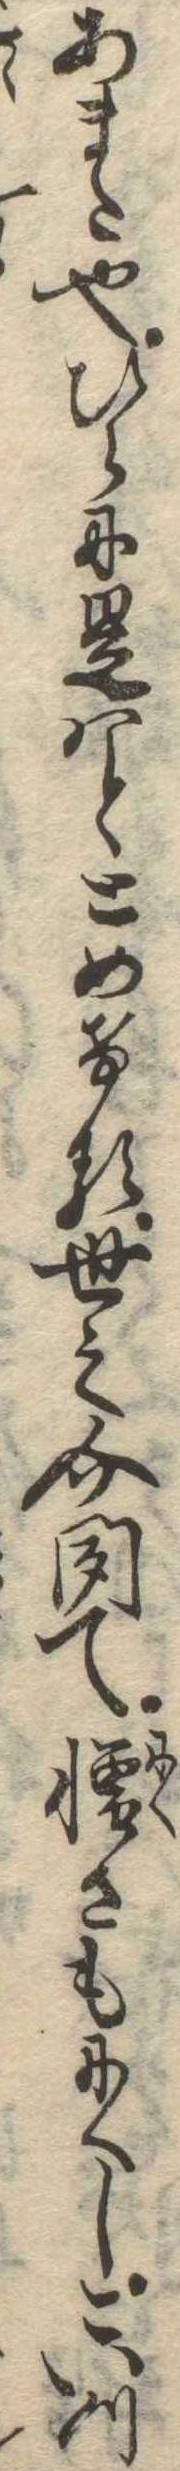
あまた也ひらに是はととめける世之介聞て憎さもにくしこいつ